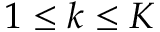
1 \leq k \leq K